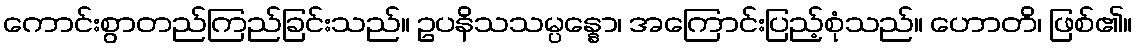
ကောင်းစွာတည်ကြည်ခြင်းသည်။ ဥပနိသသမ္ပန္နော၊ အကြောင်းပြည့်စုံသည်။ ဟောတိ၊ ဖြစ်၏။